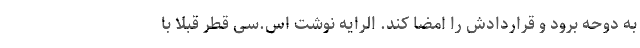
به دوحه برود و قراردادش را امضا کند. الرایه نوشت اس.سی قطر قبلا با